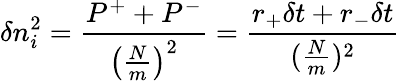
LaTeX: \delta n_{i}^{2}=\frac{P^{+}+P^{-}}{\left(\frac{N}{m}\right)^{2}}=\frac{r_{+}\delta t+r_{-}\delta t}{(\frac{N}{m})^{2}}